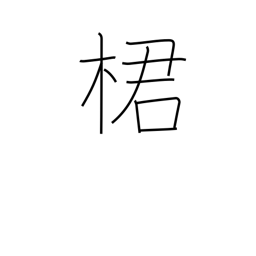
Meaning: type of fruit tree